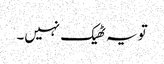
تو یہ ٹھیک نہیں۔